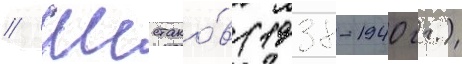
// Шестако́в (1938-1940 гг.)